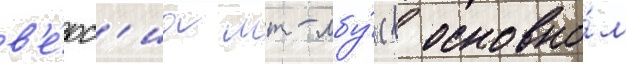
в'е́рс'иа мт-лбу́ (в основно́м